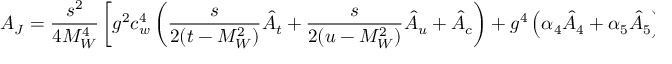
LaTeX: A _ { J } = \displaystyle \frac { s ^ { 2 } } { 4 M _ { W } ^ { 4 } } \left[ { g ^ { 2 } c _ { w } ^ { 4 } } \left( \frac { s } { 2 ( t - M _ { W } ^ { 2 } ) } \hat { A } _ { t } + \frac { s } { 2 ( u - M _ { W } ^ { 2 } ) } \hat { A } _ { u } + \hat { A } _ { c } \right) + g ^ { 4 } \left( \alpha _ { 4 } \hat { A } _ { 4 } + \alpha _ { 5 } \hat { A } _ { 5 } \right) \right]